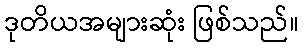
ဒုတိယအများဆုံး ဖြစ်သည်။